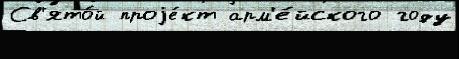
Св'ято́й проjе́кт арм'е́йского году